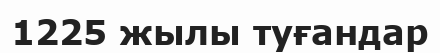
1225 жылы туғандар